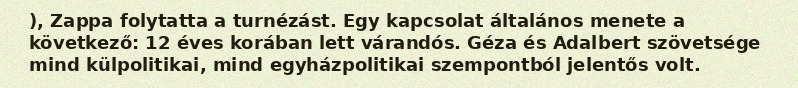
), Zappa folytatta a turnézást. Egy kapcsolat általános menete a következő: 12 éves korában lett várandós. Géza és Adalbert szövetsége mind külpolitikai, mind egyházpolitikai szempontból jelentős volt.